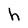
Character: h